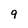
Character: 9